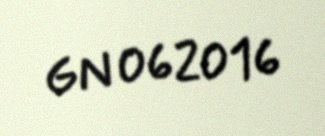
GN 062016